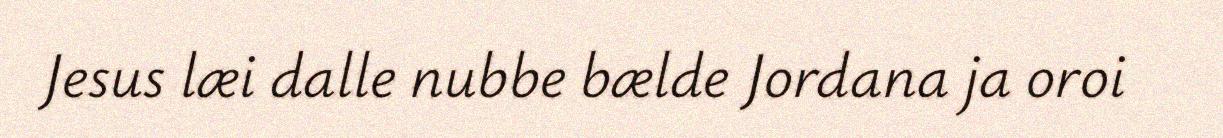
Jesus læi dalle nubbe bælde Jordana ja oroi